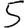
Digit: 5